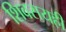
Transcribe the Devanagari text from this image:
शिवरायही